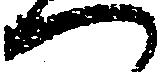
へ